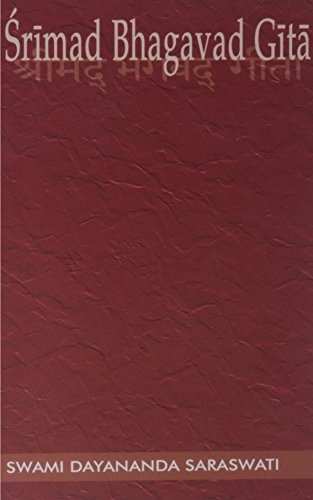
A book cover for Srimad Bhagavad Gita; Swami Dayananda Saraswati; Religion & Spirituality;